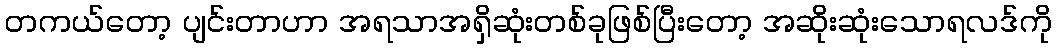
တကယ်တော့ ပျင်းတာဟာ အရသာအရှိဆုံးတစ်ခုဖြစ်ပြီးတော့ အဆိုးဆုံးသောရလဒ်ကို